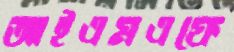
আইএমএফে